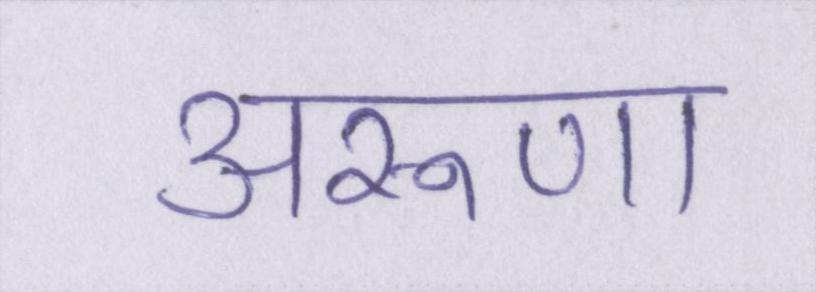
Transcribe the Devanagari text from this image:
अरूणा